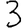
Digit: 3